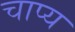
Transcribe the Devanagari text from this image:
चाप्य